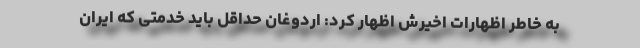
به خاطر اظهارات اخیرش اظهار کرد: اردوغان حداقل باید خدمتی که ایران